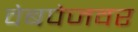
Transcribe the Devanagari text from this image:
वेबपेजवर